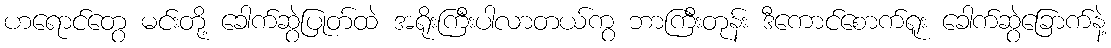
ဟရောင်တွေ မင်းတို့ ခေါက်ဆွဲပြုတ်ထဲ အရိုးကြီးပါလာတယ်ကွ ဘာကြီးတုန်း ဒီကောင်စောက်ရူး ခေါက်ဆွဲခြောက်နဲ့